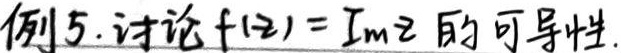
例5. 讨论$f(z)=\text{Im}z$的可导性.